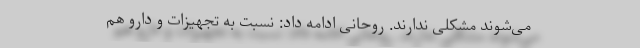
می‌شوند مشکلی ندارند. روحانی ادامه داد: نسبت به تجهیزات و دارو هم